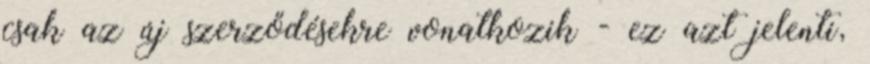
csak az új szerződésekre vonatkozik - ez azt jelenti,